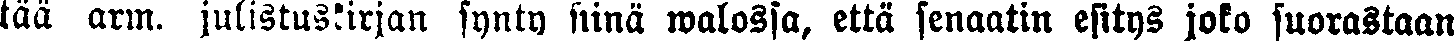
tää arm. julistuskirjan synty siinä walossa, että senaatin esitys joko suorastaan